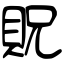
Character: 貺